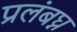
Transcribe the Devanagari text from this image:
प्रलंबघ्न